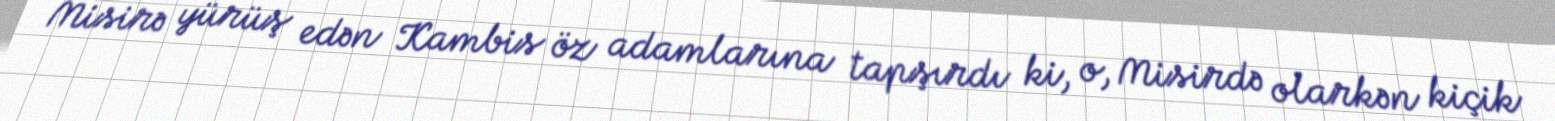
Misirə yürüş edən Kambis öz adamlarına tapşırdı ki, o, Misirdə olarkən kiçik